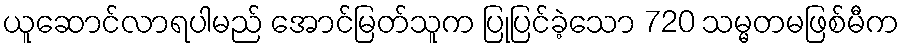
ယူဆောင်လာရပါမည် အောင်မြတ်သူက ပြုပြင်ခဲ့သော 720 သမ္မတမဖြစ်မီက